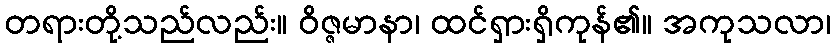
တရားတို့သည်လည်း။ ဝိဇ္ဇမာနာ၊ ထင်ရှားရှိကုန်၏။ အကုသလာ၊